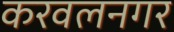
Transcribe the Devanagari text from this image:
करवलनगर